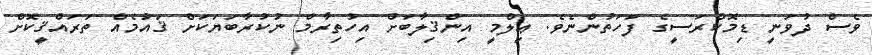
ވެސް ދުވަނީ ޑިމޮކްރަސީގެ ފަހަތުންނެވެ. ޢިލްމީ އިންޤިލާބަށް އިހުތިރާމް ނުކުރާބަޔަކަށް ޤައުމެއް ތަރައްޤީކޮށް